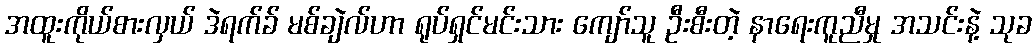
အထူးကိုယ်စားလှယ် ဒဲရက်ခ် မစ်ချဲလ်ဟာ ရုပ်ရှင်မင်းသား ကျော်သူ ဦးစီးတဲ့ နာရေးကူညီမှု အသင်းနဲ့ သုခ